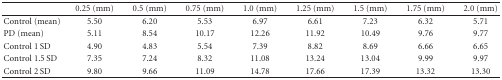
<table><thead><tr><td><b> </b></td><td><b>0.25 (mm)</b></td><td><b>0.5 (mm)</b></td><td><b>0.75 (mm)</b></td><td><b>1.0 (mm)</b></td><td><b>1.25 (mm)</b></td><td><b>1.5 (mm)</b></td><td><b>1.75 (mm)</b></td><td><b>2.0 (mm)</b></td></tr></thead><tbody><tr><td>Control (mean)</td><td>5.50</td><td>6.20</td><td>5.53</td><td>6.97</td><td>6.61</td><td>7.23</td><td>6.32</td><td>5.71</td></tr><tr><td>PD (mean)</td><td>5.11</td><td>8.54</td><td>10.17</td><td>12.26</td><td>11.92</td><td>10.49</td><td>9.76</td><td>9.77</td></tr><tr><td>Control 1 SD</td><td>4.90</td><td>4.83</td><td>5.54</td><td>7.39</td><td>8.82</td><td>8.69</td><td>6.66</td><td>6.65</td></tr><tr><td>Control 1.5 SD</td><td>7.35</td><td>7.24</td><td>8.32</td><td>11.08</td><td>13.24</td><td>13.04</td><td> 9.99</td><td>9.97</td></tr><tr><td>Control 2 SD</td><td>9.80</td><td>9.66</td><td>11.09</td><td>14.78</td><td>17.66</td><td>17.39</td><td>13.32</td><td>13.30</td></tr></tbody></table>